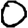
Digit: 0